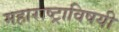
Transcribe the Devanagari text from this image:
महाराष्ट्राविषयी